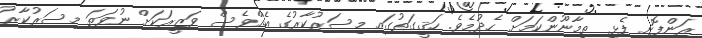
ރަންފޮށި ފެޅީ ތިމާނޫންކަމަށް ހެދުމެވެ. ހަޤީގަތުގައި މިސަރުކާރުގެ އެއްވެސް ވަޒީރަކަށް ނުވަތަ މިސަރުކާރު